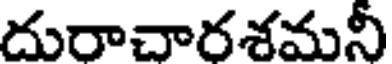
దురాచారశమనీ